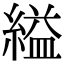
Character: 縊